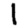
Digit: 1